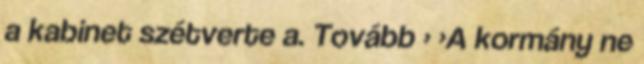
a kabinet szétverte a. Tovább › ›A kormány ne